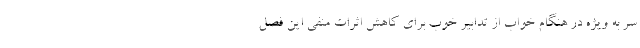
سر به ویژه در هنگام خواب از تدابیر خوب برای کاهش اثرات منفی این فصل